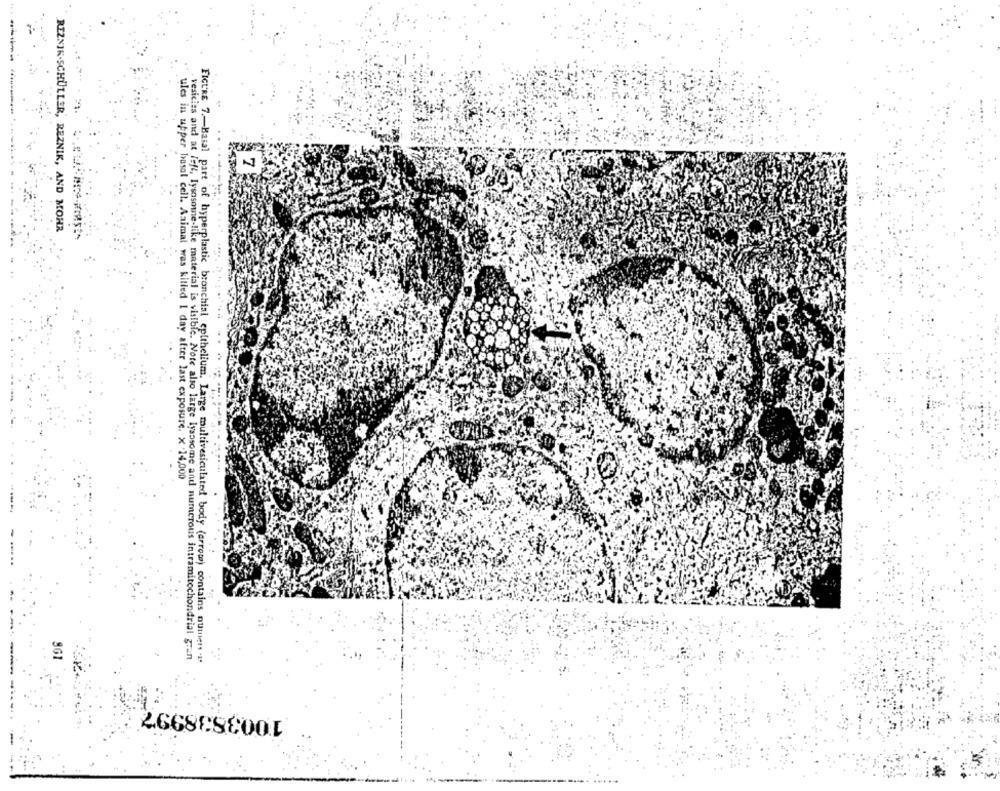
....-
REZNIK.SCHULLER, REZNIK, AND MOHR
ules in upper basal cell. Animal was killed 1 day after last exposure. X 14,000
vesicies and at folt, lysosome-like material is visible. Note also large lysosome and numerous intramitochondrial gran
FIGURE 7 .- Basal part of hyperplastic bronchial epithelium. Large multivesiculated body (arrow) contains outien "l'
2668888001